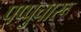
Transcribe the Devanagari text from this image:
पप्पुचारू